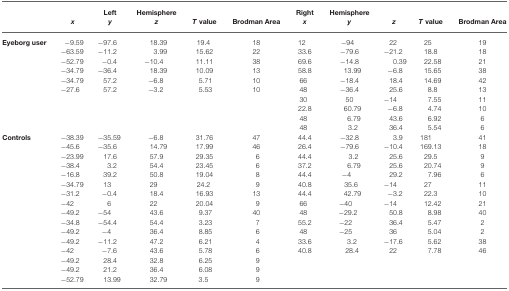
<table><thead><tr><td></td><td></td><td><b>Left</b></td><td><b>Hemisphere</b></td><td></td><td></td><td><b>Right</b></td><td><b>Hemisphere</b></td></tr><tr><td></td><td><b><i>x</i></b></td><td><b><i>y</i></b></td><td><b><i>z</i></b></td><td><b><i>T</i> value</b></td><td><b>Brodman Area</b></td><td><b><i>x</i></b></td><td><b><i>y</i></b></td><td><b><i>z</i></b></td><td><b><i>T</i> value</b></td><td><b>Brodman Area</b></td></tr></thead><tbody><tr><td><b>Eyeborg user</b></td><td>−9.59</td><td>−97.6</td><td>18.39</td><td>19.4</td><td>18</td><td>12</td><td>−94</td><td>22</td><td>25</td><td>19</td></tr><tr><td></td><td>−63.59</td><td>−11.2</td><td>3.99</td><td>15.62</td><td>22</td><td>33.6</td><td>−79.6</td><td>−21.2</td><td>18.8</td><td>18</td></tr><tr><td></td><td>−52.79</td><td>−0.4</td><td>−10.4</td><td>11.11</td><td>38</td><td>69.6</td><td>−14.8</td><td>0.39</td><td>22.58</td><td>21</td></tr><tr><td></td><td>−34.79</td><td>−36.4</td><td>18.39</td><td>10.09</td><td>13</td><td>58.8</td><td>13.99</td><td>−6.8</td><td>15.65</td><td>38</td></tr><tr><td></td><td>−34.79</td><td>57.2</td><td>−6.8</td><td>5.71</td><td>10</td><td>66</td><td>−18.4</td><td>18.4</td><td>14.69</td><td>42</td></tr><tr><td></td><td>−27.6</td><td>57.2</td><td>−3.2</td><td>5.53</td><td>10</td><td>48</td><td>−36.4</td><td>25.6</td><td>8.8</td><td>13</td></tr><tr><td></td><td></td><td></td><td></td><td></td><td></td><td>30</td><td>50</td><td>−14</td><td>7.55</td><td>11</td></tr><tr><td></td><td></td><td></td><td></td><td></td><td></td><td>22.8</td><td>60.79</td><td>−6.8</td><td>4.74</td><td>10</td></tr><tr><td></td><td></td><td></td><td></td><td></td><td></td><td>48</td><td>6.79</td><td>43.6</td><td>6.92</td><td>6</td></tr><tr><td></td><td></td><td></td><td></td><td></td><td></td><td>48</td><td>3.2</td><td>36.4</td><td>5.54</td><td>6</td></tr><tr><td><b>Controls</b></td><td>−38.39</td><td>−35.59</td><td>−6.8</td><td>31.76</td><td>47</td><td>44.4</td><td>−32.8</td><td>3.9</td><td>181</td><td>41</td></tr><tr><td></td><td>−45.6</td><td>−35.6</td><td>14.79</td><td>17.99</td><td>46</td><td>26.4</td><td>−79.6</td><td>−10.4</td><td>169.13</td><td>18</td></tr><tr><td></td><td>−23.99</td><td>17.6</td><td>57.9</td><td>29.35</td><td>6</td><td>44.4</td><td>3.2</td><td>25.6</td><td>29.5</td><td>9</td></tr><tr><td></td><td>−38.4</td><td>3.2</td><td>54.4</td><td>23.45</td><td>6</td><td>37.2</td><td>6.79</td><td>25.6</td><td>20.74</td><td>9</td></tr><tr><td></td><td>−16.8</td><td>39.2</td><td>50.8</td><td>19.04</td><td>8</td><td>44.4</td><td>−4</td><td>29.2</td><td>7.96</td><td>6</td></tr><tr><td></td><td>−34.79</td><td>13</td><td>29</td><td>24.2</td><td>9</td><td>40.8</td><td>35.6</td><td>−14</td><td>27</td><td>11</td></tr><tr><td></td><td>−31.2</td><td>−0.4</td><td>18.4</td><td>16.93</td><td>13</td><td>44.4</td><td>42.79</td><td>−3.2</td><td>22.3</td><td>10</td></tr><tr><td></td><td>−42</td><td>6</td><td>22</td><td>20.04</td><td>9</td><td>66</td><td>−40</td><td>−14</td><td>12.42</td><td>21</td></tr><tr><td></td><td>−49.2</td><td>−54</td><td>43.6</td><td>9.37</td><td>40</td><td>48</td><td>−29.2</td><td>50.8</td><td>8.98</td><td>40</td></tr><tr><td></td><td>−34.8</td><td>−54.4</td><td>54.4</td><td>3.23</td><td>7</td><td>55.2</td><td>−22</td><td>36.4</td><td>5.47</td><td>2</td></tr><tr><td></td><td>−49.2</td><td>−4</td><td>36.4</td><td>8.85</td><td>6</td><td>48</td><td>−25</td><td>36</td><td>5.04</td><td>2</td></tr><tr><td></td><td>−49.2</td><td>−11.2</td><td>47.2</td><td>6.21</td><td>4</td><td>33.6</td><td>3.2</td><td>−17.6</td><td>5.62</td><td>38</td></tr><tr><td></td><td>−42</td><td>−7.6</td><td>43.6</td><td>5.78</td><td>6</td><td>40.8</td><td>28.4</td><td>22</td><td>7.78</td><td>46</td></tr><tr><td></td><td>−49.2</td><td>28.4</td><td>32.8</td><td>6.25</td><td>9</td></tr><tr><td></td><td>−49.2</td><td>21.2</td><td>36.4</td><td>6.08</td><td>9</td></tr><tr><td></td><td>−52.79</td><td>13.99</td><td>32.79</td><td>3.5</td><td>9</td></tr></tbody></table>